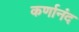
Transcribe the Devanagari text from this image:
कर्णानंद